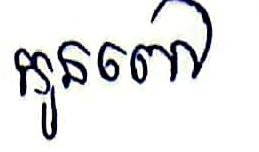
កូនពៅ